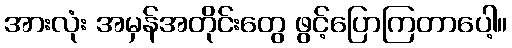
အားလုံး အမှန်အတိုင်းတွေ ဖွင့်ပြောကြတာပေါ့။